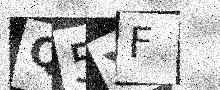
Text: Q5YF